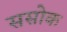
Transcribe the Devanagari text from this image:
ससोक